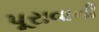
પૂરાવાની